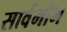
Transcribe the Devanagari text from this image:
सार्वभौभ